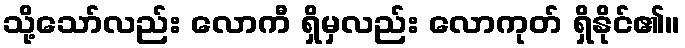
သို့သော်လည်း လောကီ ရှိမှလည်း လောကုတ် ရှိနိုင်၏။